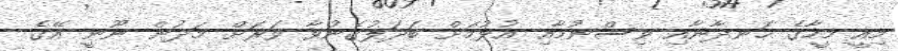
މިއީ މީހާގެ ހަނދާނާއި ވިސްނުމާއި އުޅުމަށް ބަދަލުގެނުވާ ވަަރަށް މަދުން ނޫނީ އޭގެ